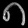
Digit: ၈